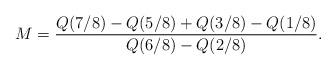
LaTeX: \begin{align*}M=\frac{Q(7/8)-Q(5/8)+Q(3/8)-Q(1/8)}{Q(6/8)-Q(2/8)}.\end{align*}